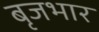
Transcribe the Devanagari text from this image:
बृजभार